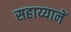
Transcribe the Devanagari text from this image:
सहाय्यानें